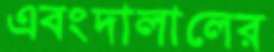
এবংদালালের